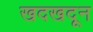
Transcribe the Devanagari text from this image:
खदखदून